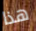
هذا